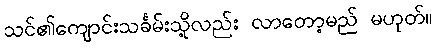
သင်၏ကျောင်းသင်္ခမ်းသို့လည်း လာတော့မည် မဟုတ်။